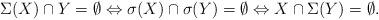
LaTeX: \begin{align*} \Sigma(X) \cap Y = \emptyset\Leftrightarrow \sigma(X) \cap \sigma(Y) = \emptyset\Leftrightarrow X \cap \Sigma(Y) = \emptyset .\end{align*}